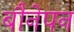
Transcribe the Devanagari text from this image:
बौनेपन